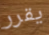
يقرر